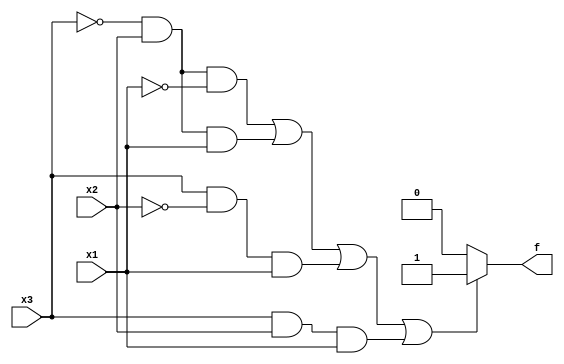
module top_module( 
    input x3,
    input x2,
    input x1,  // three inputs
    output f   // one output
);
    assign f = (((~x3)&x2&(~x1)) || ((~x3)& x2 & x1) || (x3 & (~x2) & x1) || (x3 & x2 & x1)) ? 1'b1 : 1'b0;
        
endmodule